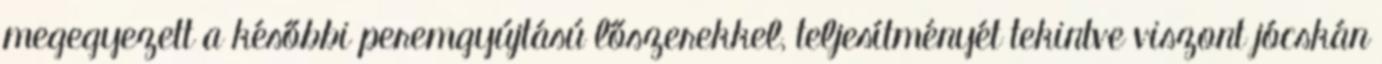
megegyezett a későbbi peremgyújtású lőszerekkel, teljesítményét tekintve viszont jócskán